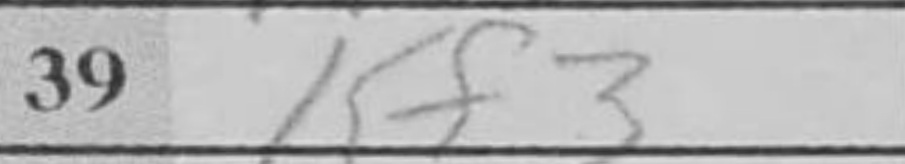
Transcription: Kf3